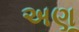
અણૂ